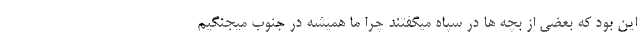
این بود که بعضی از بچه ها در سپاه میگفتند چرا ما همیشه در جنوب میجنگیم